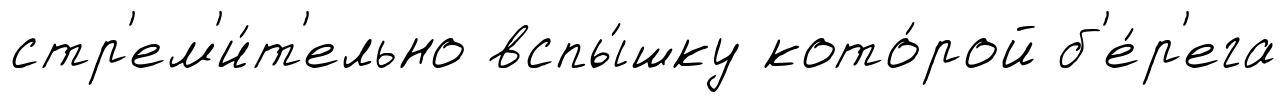
стр'ем'и́т'ельно вспы́шку кото́рой б'е́р'ега